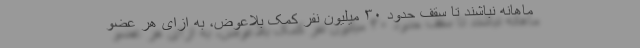
ماهانه نباشند تا سقف حدود ۳۰ میلیون نفر کمک بلاعوض، به ازای هر عضو